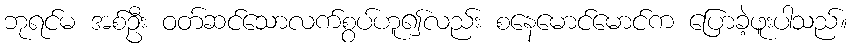
ဘုရင်မ အစ်ဦး ဝတ်ဆင်သောလက်စွပ်ဟူ၍လည်း စနေမောင်မောင်က ပြောခဲ့ဖူးပါသည်။